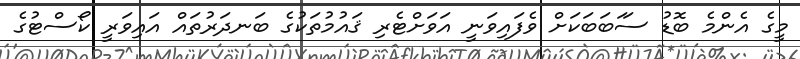
މީގެ އެންމެ ބޮޑު ސަަބަބަކަށް ވެފައިވަނީ އަވަށްޓެރި ޤައުމުތަކުގެ ބަނދަރުތައް އައިވަރީ ކޯސްޓުގެ